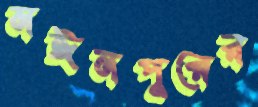
মঈনপুরের